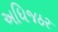
અધિજઠર